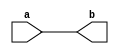
`timescale 1ns / 1ps
//////////////////////////////////////////////////////////////////////////////////
// Company: 
// Engineer: 
// 
// Design Name: 
// Module Name:    lab0 
// Project Name: 
// Target Devices: 
// Tool versions: 
// Description: 
//
// Dependencies: 
//
// Revision: 
// Revision 0.01 - File Created
// Additional Comments: 
//
//////////////////////////////////////////////////////////////////////////////////
module lab0(
input		[7:0]	a,
output	[7:0]	b
    );

assign	b = a;


endmodule